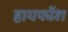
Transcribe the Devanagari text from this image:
हायफोंश